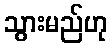
သွားမည်ဟု